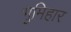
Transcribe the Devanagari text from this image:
भुमिहार